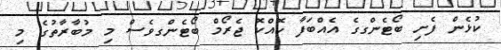
ކުޅެން ފެށި ބޯޓެންގގެ އެއްބަފާ ކޮއްކޮ ޖެރޯމް ބޯޓެންގވެސް މި މުބާރާތުގެ މި